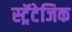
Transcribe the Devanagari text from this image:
स्ट्रॅटेजिक